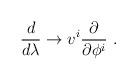
LaTeX: \begin{align*}\frac{d}{d \lambda} \rightarrow v^i \frac{\partial}{\partial \phi^i } ~.\end{align*}